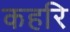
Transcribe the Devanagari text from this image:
कहरि